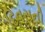
દિવસની